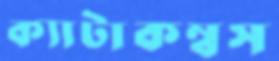
ক্যাটাকম্বস